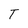
Character: T